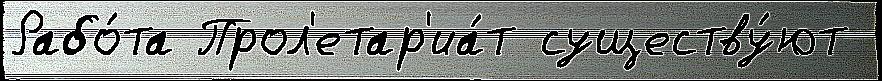
Рабо́та Прол'етар'иа́т существу́ют